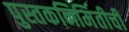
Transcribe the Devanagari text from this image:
पुस्तकनिर्मितीची